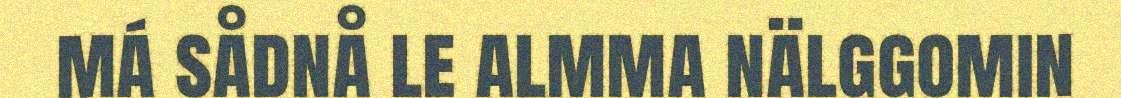
má sådnå le almma nälggomin